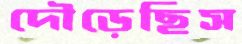
দৌড়েছিস